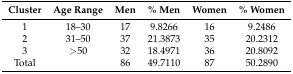
<table><thead><tr><td><b>Cluster</b></td><td><b>Age Range</b></td><td><b>Men</b></td><td><b>% Men</b></td><td><b>Women</b></td><td><b>% Women</b></td></tr></thead><tbody><tr><td>1</td><td>18–30</td><td>17</td><td>9.8266</td><td>16</td><td>9.2486</td></tr><tr><td>2</td><td>31–50</td><td>37</td><td>21.3873</td><td>35</td><td>20.2312</td></tr><tr><td>3</td><td>&gt;50</td><td>32</td><td>18.4971</td><td>36</td><td>20.8092</td></tr><tr><td>Total</td><td></td><td>86</td><td>49.7110</td><td>87</td><td>20.2890</td></tr></tbody></table>